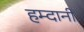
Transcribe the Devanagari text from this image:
हम्दानी